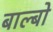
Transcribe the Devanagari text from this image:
बाल्बो